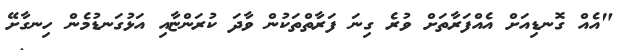
"އެއް ގޮނޑިއަށް އެއްފަރާތަށް ވުރެ ގިނަ ފަރާތްތަކުން ވާދަ ކުރަންޏާއި އަޅުގަނޑުމެން ހިނގާށޭ